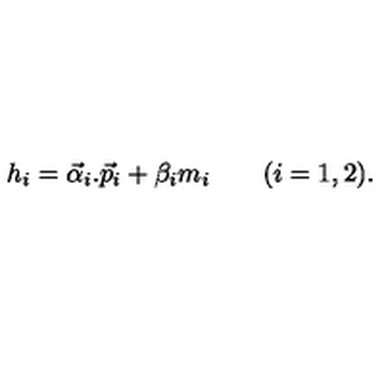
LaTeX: h _ { i } = \vec { \alpha } _ { i } . \vec { p } _ { i } + \beta _ { i } m _ { i } \qquad ( i = 1 , 2 ) .